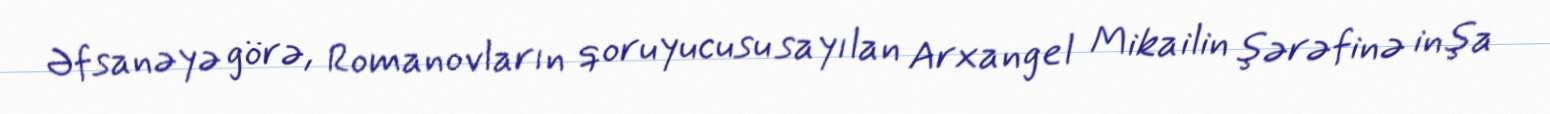
Əfsanəyə görə, Romanovların qoruyucusu sayılan Arxangel Mikailin şərəfinə inşa